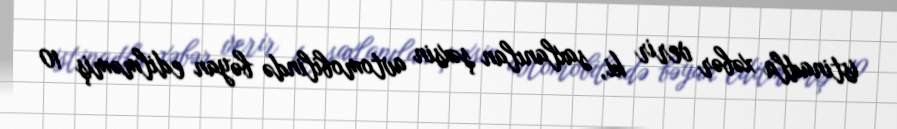
istinadla xəbər verir ki, saxlanılan şəxsin avtomobilində bəyan edilməmiş 10